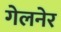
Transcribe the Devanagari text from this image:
गेलनेर